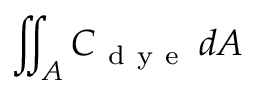
\iint _ { A } C _ { \mathrm { ~ d ~ y ~ e ~ } } \, d A